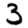
Digit: 3